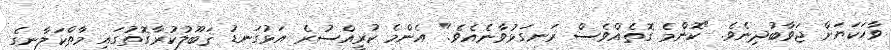
ވާހަކަޔަށް ޖަވާބުދިނެވެ. "ކޮންމެ ގޮތެއްވެސް ރަނގަޅުވާނެއެވެ." އެންމެ ކުރީއްސުރެ އަޅުގަނޑު ޤަބޫލުކުރާގޮތުގައި މާތްކަލާނގެ